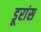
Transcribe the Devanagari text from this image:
डूरांस